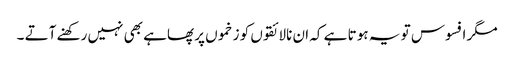
مگر افسوس تو یہ ہو تا ہے کہ ان نالائقوں کو زخموں پر پھاہے بھی نہیں رکھنے آتے ۔